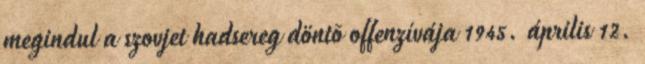
megindul a szovjet hadsereg döntõ offenzívája 1945. április 12.